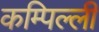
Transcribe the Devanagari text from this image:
कम्पिल्ली